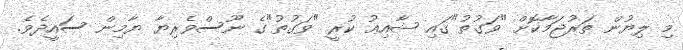
މި ލިޔުން ތަރުޖަމާކޮށް "ވަގުތު"ގައި ޝާއިޢު ކުރީ "ވަގުތު"ގެ ނޫސްވެރިޔާ ޔާމިން ސައީދެވެ.